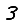
Digit: 3